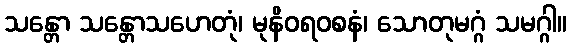
သန္တော သန္တောသဟေတုံ၊ မုနိဝရ၀စနံ၊ သောတုမဂ္ဂံ သမဂ္ဂါ။